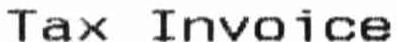
TAX INVOICE